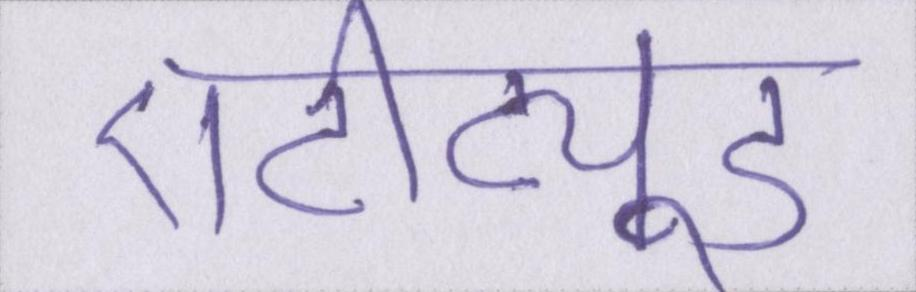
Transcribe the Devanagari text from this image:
एटीट्यूड